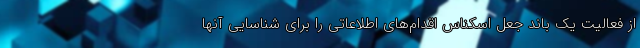
از فعالیت یک باند جعل اسکناس اقدام‌های اطلاعاتی را برای شناسایی آنها